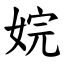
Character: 㛡